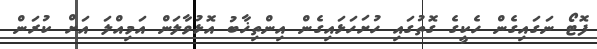
ފޮޓޯ ނަގައިގެން ހެކީގެ ގޮތުގައި ހުށަހަޅައިގެން އިންތިޚާބު އޮޅުވާލަން އަމިއްލަ އަށް ކުރަން